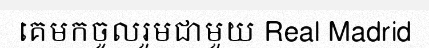
គេមកចូលរួមជាមួយ Real Madrid